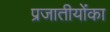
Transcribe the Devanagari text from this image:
प्रजातीयोंका